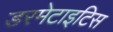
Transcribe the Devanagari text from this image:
डरमेटाइटिस